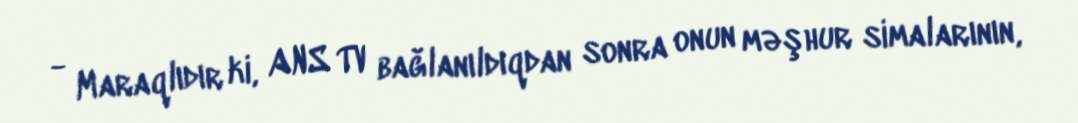
- Maraqlıdır ki, ANS TV bağlanıldıqdan sonra onun məşhur simalarının,